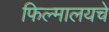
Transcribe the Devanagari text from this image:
फिल्मालयचे